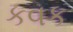
કવક